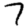
Digit: 7